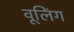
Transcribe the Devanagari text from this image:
वूलिंग